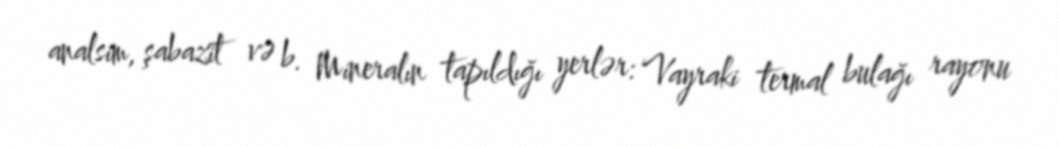
analsim, şabazit və b. Mineralın tapıldığı yerlər: Vayraki termal bulağı rayonu